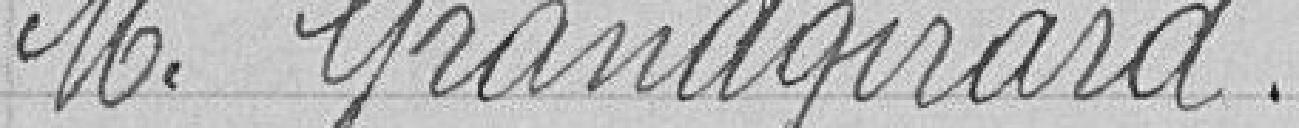
Monsieur Grandgirard.